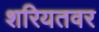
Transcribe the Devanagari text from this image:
शरियतवर